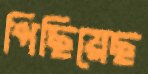
পিছিয়েছ